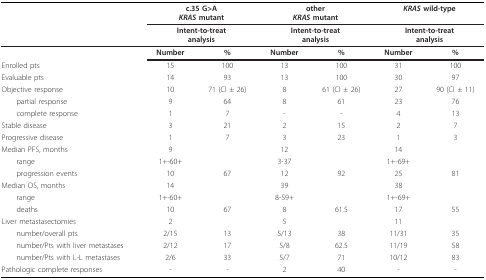
<table><thead><tr><td></td><td colspan="2"><b>c.35 G&gt;A<i>KRAS </i>mutant</b></td><td colspan="2"><b>other<i>KRAS </i>mutant</b></td><td colspan="2"><b><i>KRAS </i>wild-type</b></td></tr><tr><td></td><td colspan="2"><b>Intent-to-treatanalysis</b></td><td colspan="2"><b>Intent-to-treatanalysis</b></td><td colspan="2"><b>Intent-to-treatanalysis</b></td></tr></thead><tbody><tr><td></td><td><b>Number</b></td><td><b>%</b></td><td><b>Number</b></td><td><b>%</b></td><td><b>Number</b></td><td><b>%</b></td></tr><tr><td>Enrolled pts</td><td>15</td><td>100</td><td>13</td><td>100</td><td>31</td><td>100</td></tr><tr><td>Evaluable pts</td><td>14</td><td>93</td><td>13</td><td>100</td><td>30</td><td>97</td></tr><tr><td>Objective response</td><td>10</td><td>71 (CI ± 26)</td><td>8</td><td>61 (CI ± 26)</td><td>27</td><td>90 (CI ± 11)</td></tr><tr><td> partial response</td><td>9</td><td>64</td><td>8</td><td>61</td><td>23</td><td>76</td></tr><tr><td> complete response</td><td>1</td><td>7</td><td>-</td><td>-</td><td>4</td><td>13</td></tr><tr><td>Stable disease</td><td>3</td><td>21</td><td>2</td><td>15</td><td>2</td><td>7</td></tr><tr><td>Progressive disease</td><td>1</td><td>7</td><td>3</td><td>23</td><td>1</td><td>3</td></tr><tr><td>Median PFS, months</td><td>9</td><td></td><td>12</td><td></td><td>14</td><td></td></tr><tr><td> range</td><td>1+-60+</td><td></td><td>3-37</td><td></td><td>1+-69+</td><td></td></tr><tr><td> progression events</td><td>10</td><td>67</td><td>12</td><td>92</td><td>25</td><td>81</td></tr><tr><td>Median OS, months</td><td>14</td><td></td><td>39</td><td></td><td>38</td><td></td></tr><tr><td> range</td><td>1+-60+</td><td></td><td>8-59+</td><td></td><td>1+-69+</td><td></td></tr><tr><td> deaths</td><td>10</td><td>67</td><td>8</td><td>61.5</td><td>17</td><td>55</td></tr><tr><td>Liver metastasectomies</td><td>2</td><td></td><td>5</td><td></td><td>11</td><td></td></tr><tr><td> number/overall pts</td><td>2/15</td><td>13</td><td>5/13</td><td>38</td><td>11/31</td><td>35</td></tr><tr><td> number/Pts with liver metastases</td><td>2/12</td><td>17</td><td>5/8</td><td>62.5</td><td>11/19</td><td>58</td></tr><tr><td> number/Pts with L-L metastases</td><td>2/6</td><td>33</td><td>5/7</td><td>71</td><td>10/12</td><td>83</td></tr><tr><td>Pathologic complete responses</td><td>-</td><td>-</td><td>2</td><td>40</td><td>-</td><td>-</td></tr></tbody></table>